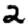
Digit: 2